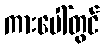
ကားပေါ်တွင်